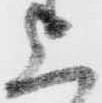
上